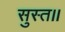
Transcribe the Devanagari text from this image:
सुस्त॥